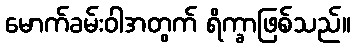
မောက်ခမ်းဝါအတွက် ရိက္ခာဖြစ်သည်။